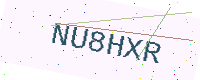
Text: NU8HXR